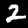
Digit: 2